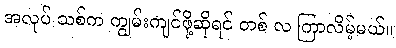
အလုပ် သစ်က ကျွမ်းကျင်ဖို့ဆိုရင် တစ် လ ကြာလိမ့်မယ်။